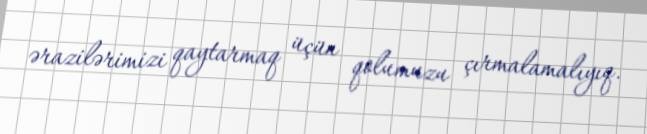
ərazilərimizi qaytarmaq üçün qolumuzu çırmalamalıyıq.